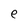
Character: e